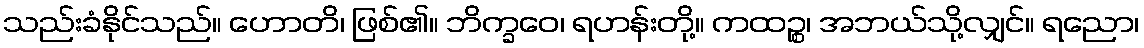
သည်းခံနိုင်သည်။ ဟောတိ၊ ဖြစ်၏။ ဘိက္ခဝေ၊ ရဟန်းတို့။ ကထဉ္စ၊ အဘယ်သို့လျှင်။ ရညော၊